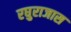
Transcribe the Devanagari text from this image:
रघुराजास